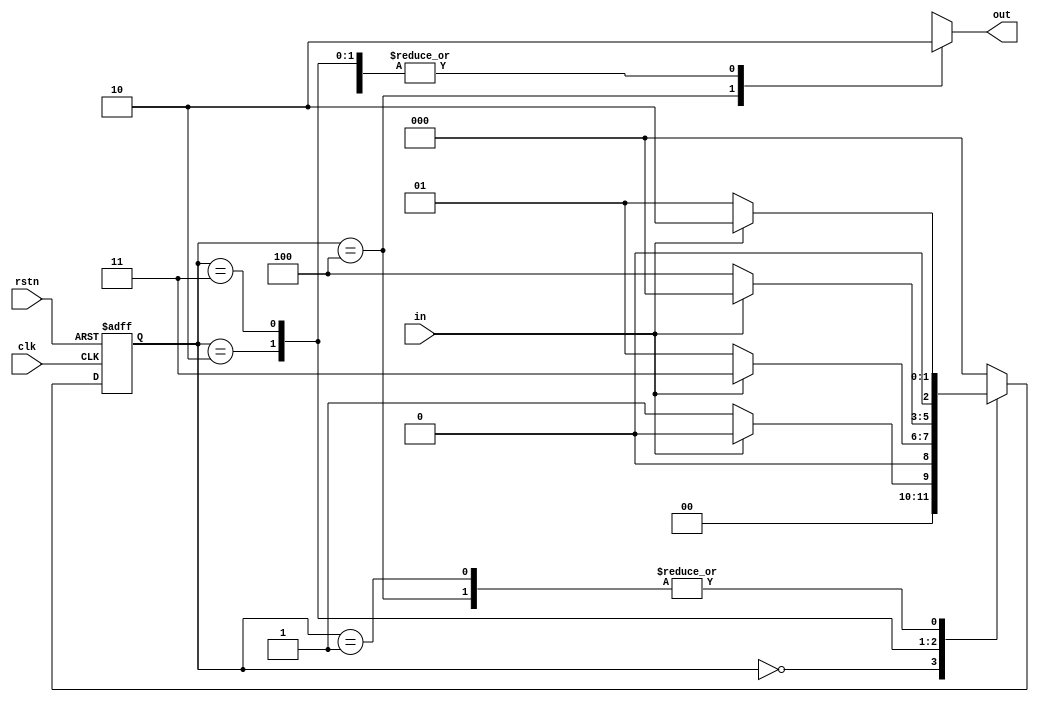
`timescale 1ns / 1ps
//////////////////////////////////////////////////////////////////////////////////
// Company: 
// Engineer: 
// 
// Design Name: 
// Module Name: FSM
// Project Name: 
// Target Devices: 
// Tool Versions: 
// Description: 
// 
// Dependencies: 
// 
// Revision:
// Revision 0.01 - File Created
// Additional Comments:
// 
//////////////////////////////////////////////////////////////////////////////////


module FSM(
    input clk,
    input rstn,
    input in,
    output reg out
    );

    localparam S0 = 3'b000;
    localparam S1 = 3'b001;
    localparam S2 = 3'b010;
    localparam S3 = 3'b011;
    localparam S4 = 3'b100;

    reg [2:0] state;
    reg [2:0] next_state;

    always@(negedge rstn or posedge clk)begin
        if(!rstn) begin
            state <= S0;
        end
        else begin
            state <= next_state;
        end    
    end

    always@(*) begin
        case(state)
        S0:begin
             next_state = in ? S0 : S1;
        end
        S1:begin
             next_state = in ? S2 : S1;
        end
        S2:begin
             next_state = in ? S3 : S1;
        end
        S3:begin
             next_state = in ? S0 : S4;
        end
        S4:begin
             next_state = in ? S2 : S1;
        end
        default: next_state = S0;
        endcase
    end

    always@(*) begin
        case(state)
        S4:out = 1'b1;
        S0:out = 1'b0;
        S1:out = 1'b0;
        S2:out = 1'b0;
        S3:out = 1'b0;
        default: out = 1'bx;
        endcase
    end
endmodule